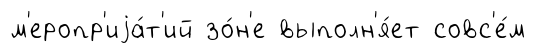
м'еропр'иjа́т'ий зо́н'е выполн'я́ет совс'е́м